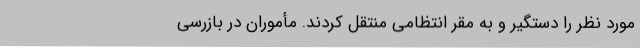
مورد نظر را دستگیر و به مقر انتظامی منتقل کردند. مأموران در بازرسی